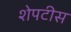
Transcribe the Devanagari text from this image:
शेपटीस